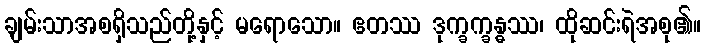
ချမ်းသာအစရှိသည်တို့နှင့် မရောသော။ ဧတဿ ဒုက္ခက္ခန္ဓဿ၊ ထိုဆင်းရဲအစု၏။